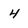
Character: 4